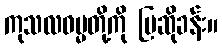
ကုသလဓမ္မတို့ကို ပြဆိုခန်း။